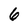
Character: 6